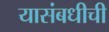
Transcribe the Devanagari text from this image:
यासंबधीची